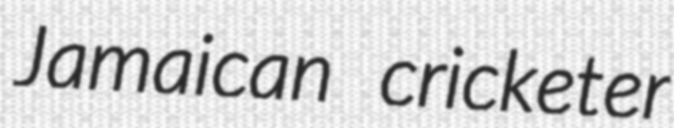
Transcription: Jamaican cricketer